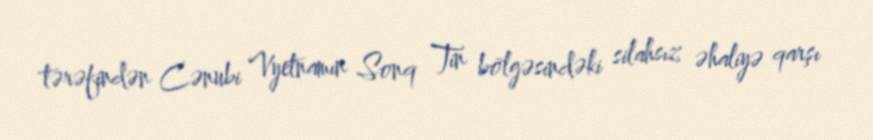
tərəfindən Cənubi Vyetnamın Sonq Tin bölgəsindəki silahsız əhaliyə qarşı